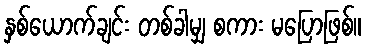
နှစ်ယောက်ချင်း တစ်ခါမျှ စကား မပြောဖြစ်။